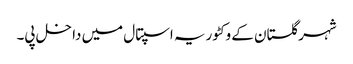
شہر گلستان کے وکٹوریہ اسپتال میں داخل پی۔